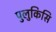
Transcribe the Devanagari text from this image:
पुलुकिसि